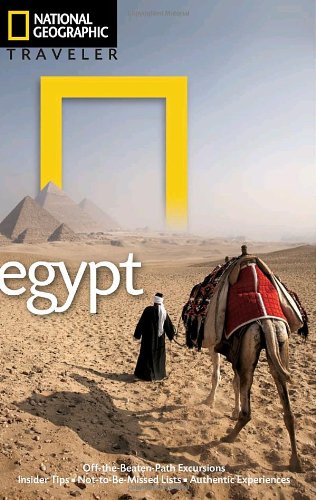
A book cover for National Geographic Traveler: Egypt; Andrew Humphrey; Travel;